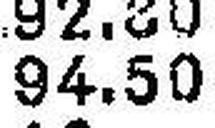
94.50